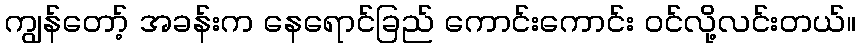
ကျွန်တော့် အခန်းက နေရောင်ခြည် ကောင်းကောင်း ဝင်လို့လင်းတယ်။